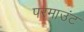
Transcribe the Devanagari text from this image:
परमाउंट